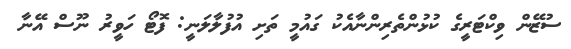
ސުޒޭން ވިކްޓަރީގެ ކުޅުންތެރިންނާއެކު ގައުމީ ތަށި އުފުލާލަނީ: ފޮޓޯ ހަވީރު ނޫސް އޭނާ